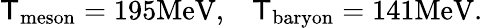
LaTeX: \mathsf{T}_{\mathrm{{meson}}}=195\mathrm{{MeV}},\; \; \; \mathsf{T}_{\mathrm{{baryon}}}=141\mathrm{{MeV}}.